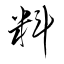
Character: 料